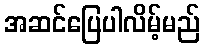
အဆင်ပြေပါလိမ့်မည်